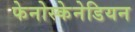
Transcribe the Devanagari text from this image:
फेनोस्केनेडियन